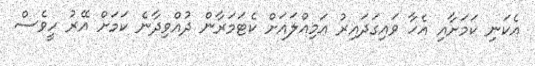
އެކަނި ކަމަށާއި އެހާ ވައިގަދައިރު އަމިއްލައަށް ކެޓަމަރާން ދުއްވިދާނެ ކަމަށް އޭރު ހީވެސް